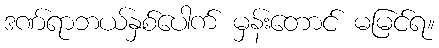
ဒဏ်ရာဘယ်နှစ်ပေါက် မှန်းတောင် မမြင်ရ။